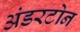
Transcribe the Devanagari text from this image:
अंडरटोन